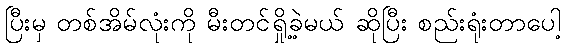
ပြီးမှ တစ်အိမ်လုံးကို မီးတင်ရှို့ခဲ့မယ် ဆိုပြီး စည်းရုံးတာပေါ့